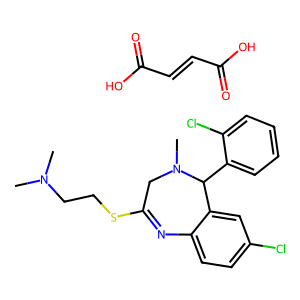
SMILES: CN(C)CCSC1=Nc2ccc(Cl)cc2C(c2ccccc2Cl)N(C)C1.O=C(O)C=CC(=O)O
Inhibits HIV replication: No